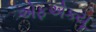
એફએકયૂ